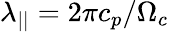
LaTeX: \lambda_{||}=2\pi c_{p}/\Omega_{c}